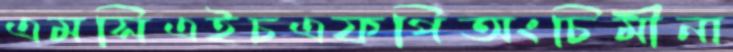
এমসিএইচএফপিঅংচিমীনা